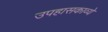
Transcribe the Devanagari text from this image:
उपहासकाव्ये